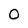
Character: 0